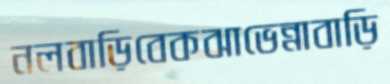
নলবাড়িবেকঝাভেন্নাবাড়ি